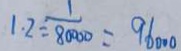
1 . 2 = \frac { 1 } { 8 0 0 0 } = 9 6 0 0 0